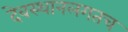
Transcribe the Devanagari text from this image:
देवस्थानलगतच